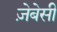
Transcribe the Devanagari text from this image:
ज़ेबेसी